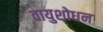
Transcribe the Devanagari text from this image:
वायुशोधन